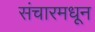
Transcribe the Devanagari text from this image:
संचारमधून